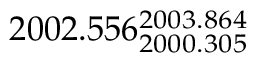
2 0 0 2 . 5 5 6 _ { 2 0 0 0 . 3 0 5 } ^ { 2 0 0 3 . 8 6 4 }